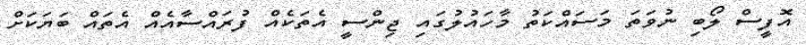
އޮފީސް ލޯބި ނުވަތަ މަސައްކަތު މާހައުލުގައި ޖިންސީ އެތަކެއް ފުރައްސާއެއް އެތައް ބަޔަކަށް